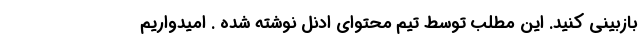
بازبینی کنید. این مطلب توسط تیم محتوای ادنل نوشته شده . امیدواریم